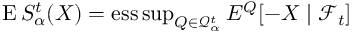
\operatorname { E } S _ { \alpha } ^ { t } ( X ) = \operatorname { e s s \operatorname* { s u p } } _ { Q \in { \mathcal { Q } } _ { \alpha } ^ { t } } E ^ { Q } [ - X \mid { \mathcal { F } } _ { t } ]